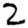
Digit: 2